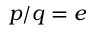
p / q = e